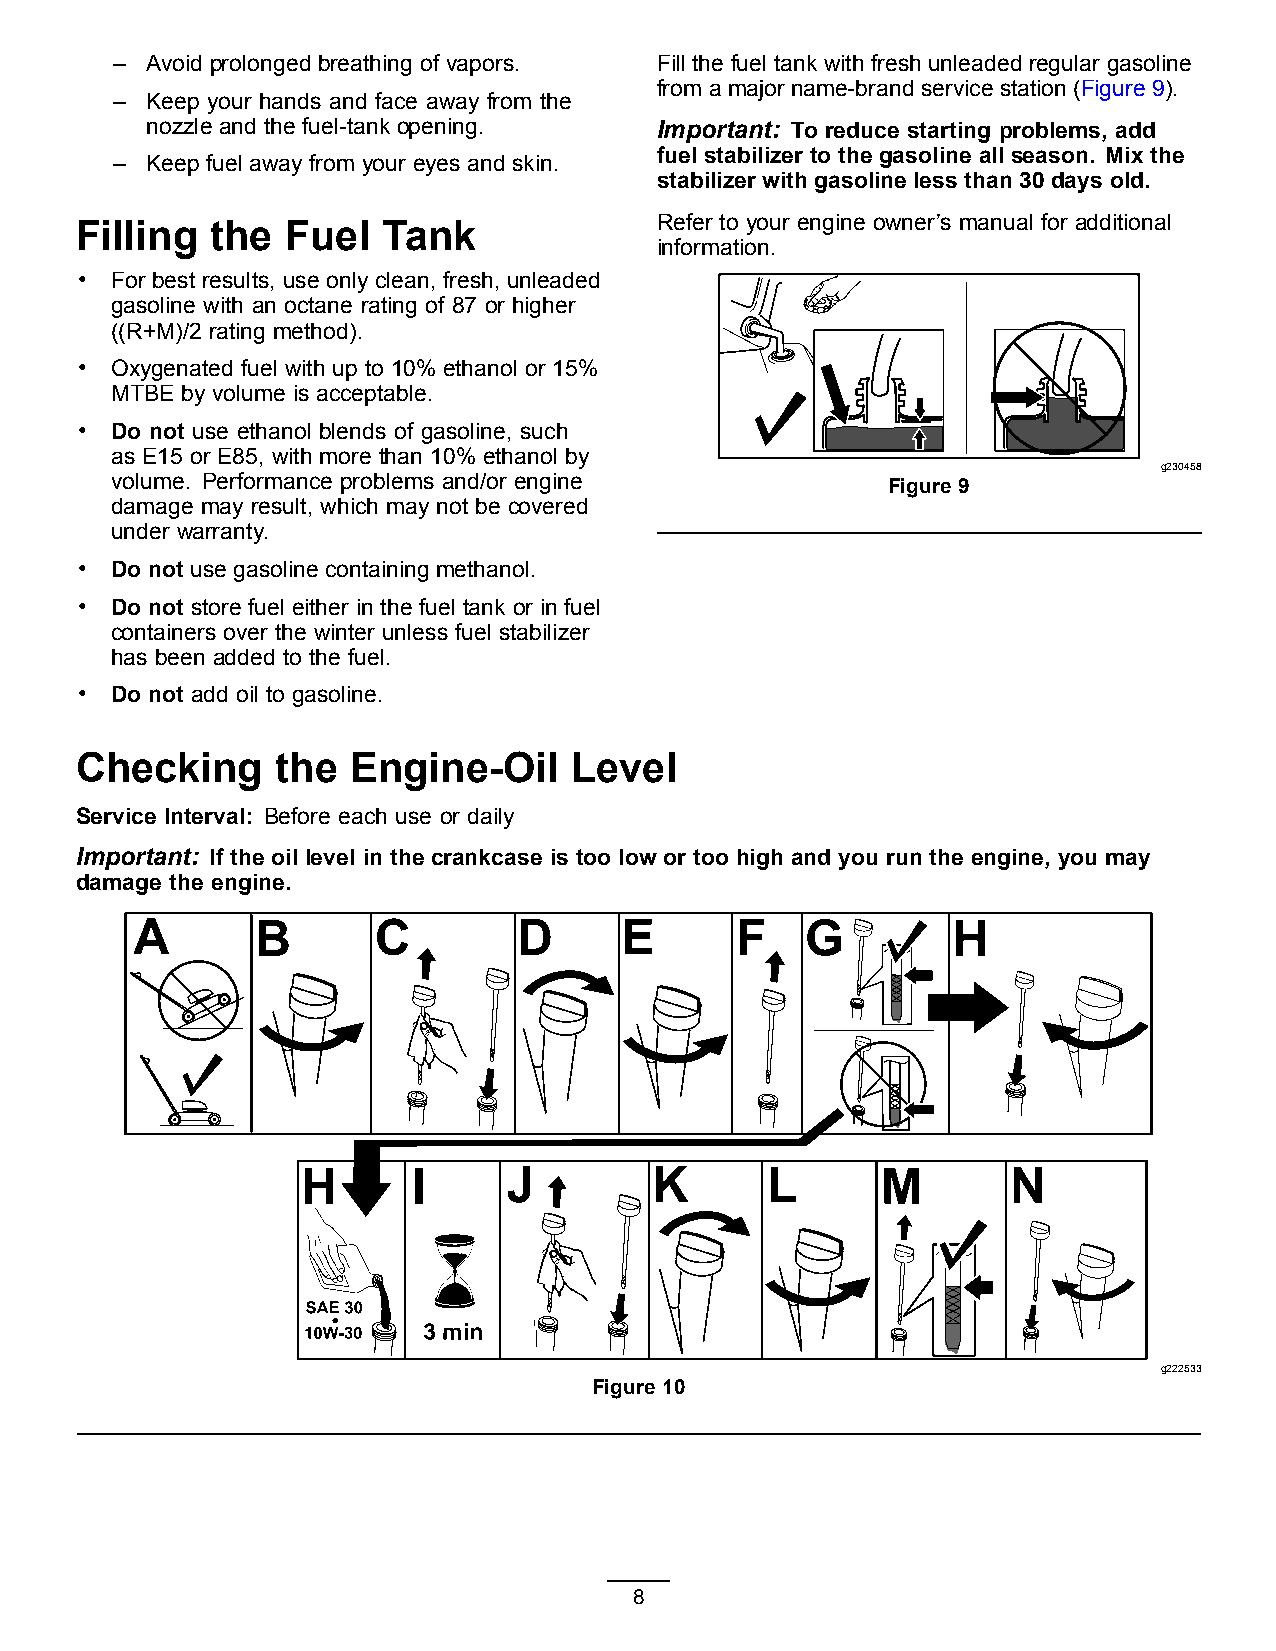
–  Avoid prolonged breathing of vapors. Fill the fuel tank with fresh unleaded regular gasoline
 from a major name-brand service station (Figure 9).
 –  Keep your hands and face away from the
 nozzle and the fuel-tank opening. Important: To reduce starting problems, add
 fuel stabilizer to the gasoline all season. Mix the
 –  Keep fuel away from your eyes and skin.
 stabilizer with gasoline less than 30 days old.
 Filling  the  Fuel  Tank              Refer to your engine owner’s manual for additional
 information.
 • For best results, use only clean, fresh, unleaded
 gasoline with an octane rating of 87 or higher
 ((R+M)/2 rating method).
 • Oxygenated fuel with up to 10% ethanol or 15%
 MTBE by volume is acceptable.
 • Do not use ethanol blends of gasoline, such
 as E15 or E85, with more than 10% ethanol by
 g230458
 volume. Performance problems and/or engine          Figure 9
 damage may result, which may not be covered
 under warranty.
 • Do not use gasoline containing methanol.
 • Do not store fuel either in the fuel tank or in fuel
 containers over the winter unless fuel stabilizer
 has been added to the fuel.
 • Do not add oil to gasoline.
 Checking     the  Engine-Oil     Level
 Service Interval: Before each use or daily
 Important: If the oil level in the crankcase is too low or too high and you run the engine, you may
 damage the engine.
 g222533
 Figure 10
 8